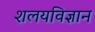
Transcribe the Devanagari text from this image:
शलयविज्ञान